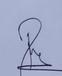
Signature authenticity: genuine